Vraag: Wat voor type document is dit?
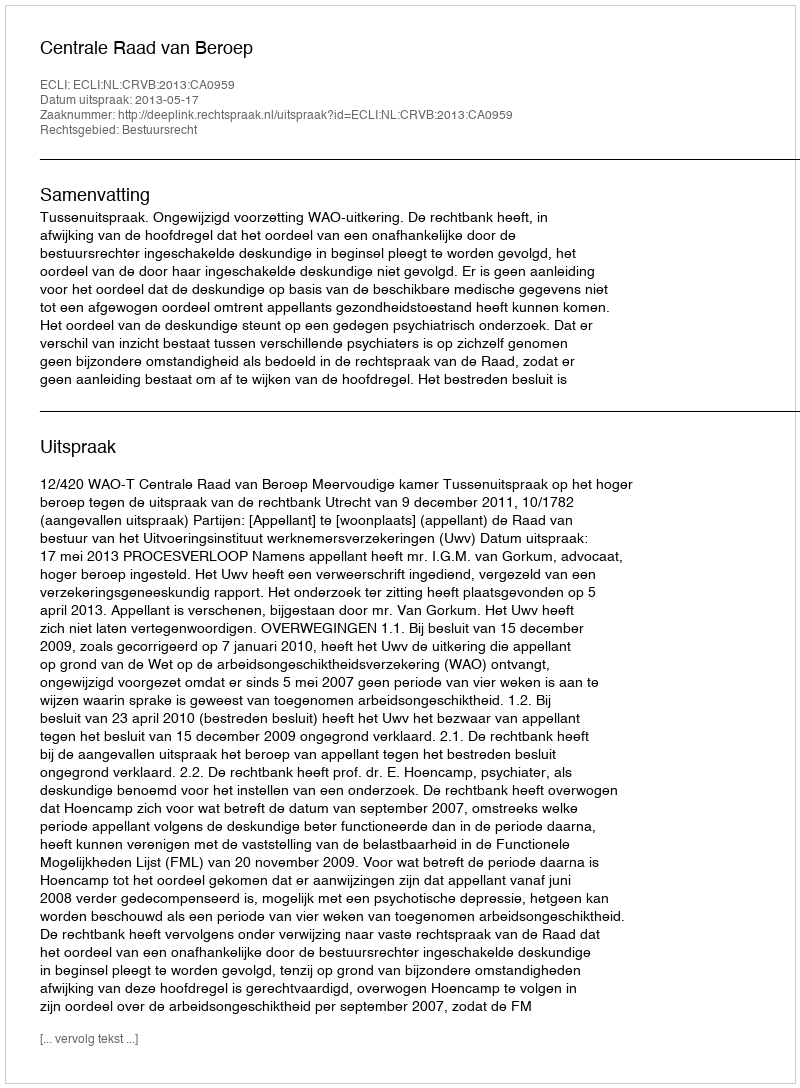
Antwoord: Uitspraak